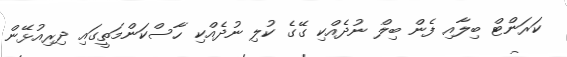
ކަރަންޓް ބިލާއި ފެން ބިލް ނުދެއްކި ގޭގެ ކުލި ނުދެއްކި ހާސްކަންމަތީގައި ދިރިއުޅޭން